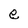
Character: e